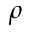
\rho